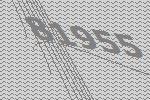
81955